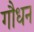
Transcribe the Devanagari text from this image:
गौधन